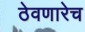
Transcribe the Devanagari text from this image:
ठेवणारेच